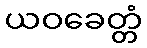
ယဝခေတ္တံ